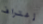
إعتراف